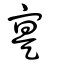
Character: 寔